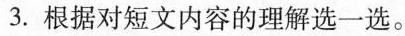
3.根据对短文内容的理解选一选。